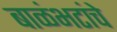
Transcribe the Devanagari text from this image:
बाळंभटांचे